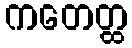
ကတေတ္ထ